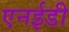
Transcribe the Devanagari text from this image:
एनईडी